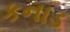
કનાડ